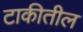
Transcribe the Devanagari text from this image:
टाकीतील